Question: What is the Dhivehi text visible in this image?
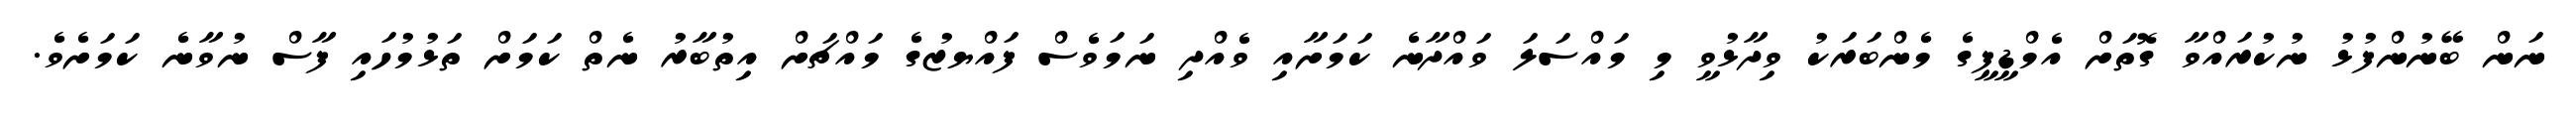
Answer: ނަން ބޭނުންފުޅު ނުކުރައްވާ ގޮތަށް އެމްޑީޕީގެ މެންބަރަކު ވިދާޅުވީ މި މައްސަލަ ވައްދާނެ ކަމަށާއި ވެއްދި ނަމަވެސް ފައްޔޒުގެ މައްޗަށް އިތުބާރު ނެތް ކަމަށް ތަޅުމުހައި ފާސް ނުވާނެ ކަމަށެވެ.